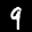
Label: 9